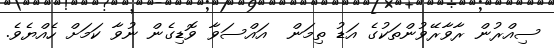
ސިއްރުން ރާވާރޭވުންތަކުގެ އަޑު ތިމަން  އައްސަވާ ވޮޑިގެން ނުވާ ކަމަށް ހެއްޔެވެ.